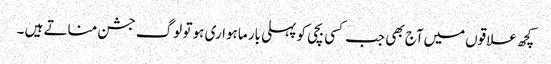
کچھ علاقوں‌میں‌آج بھی جب کسی بچی کو پہلی بار ماہواری ہو تو لوگ جشن مناتے ہیں ۔